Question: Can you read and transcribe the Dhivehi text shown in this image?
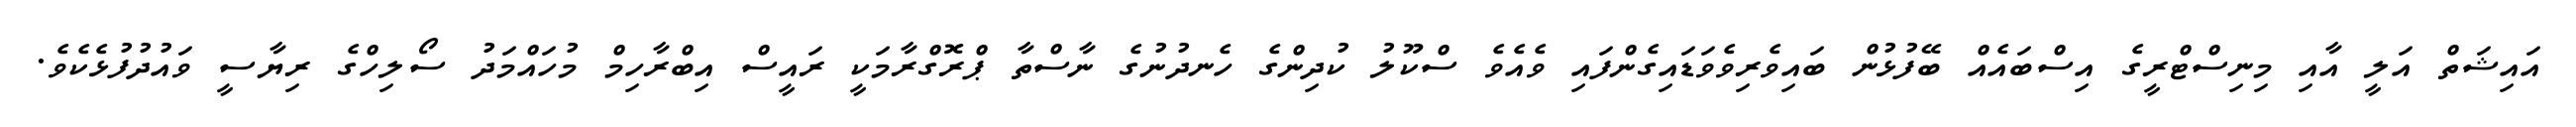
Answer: އައިޝަތް އަލީ އާއި މިނިސްޓްރީގެ އިސްބައެއް ބޭފުޅުން ބައިވެރިވެވަޑައިގެންފައި ވެއެވެ ސްކޫލު ކުދިންގެ ހެނދުނުގެ ނާސްތާ ޕްރޮގްރާމަކީ ރައީސް އިބްރާހިމް މުހައްމަދު ސޯލިހްގެ ރިޔާސީ ވައުދުފުޅެކެވެ.